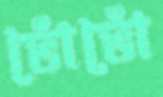
ভোঁভোঁ